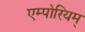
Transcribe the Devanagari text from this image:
एम्पोरियम्